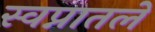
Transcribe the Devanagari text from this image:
स्वप्नातले